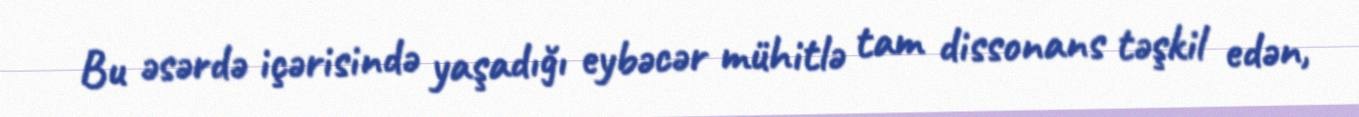
Bu əsərdə içərisində yaşadığı eybəcər mühitlə tam dissonans təşkil edən,